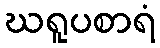
ဃရူပစာရံ